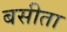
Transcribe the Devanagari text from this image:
बसीता